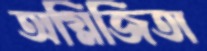
অগ্নিজিতা